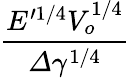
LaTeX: \frac{E^{\prime 1/4}V_{o}^{1/4}}{\varDelta\gamma^{1/4}}